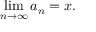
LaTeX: \operatorname* { l i m } _ { n \to \infty } a _ { n } = x .